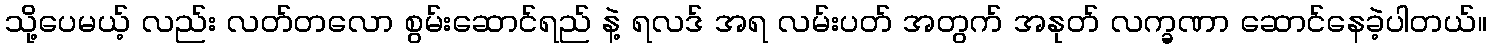
သို့ပေမယ့် လည်း လတ်တလော စွမ်းဆောင်ရည် နဲ့ ရလဒ် အရ လမ်းပတ် အတွက် အနုတ် လက္ခဏာ ဆောင်နေခဲ့ပါတယ်။